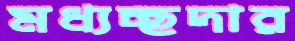
মধ্যচ্ছদার